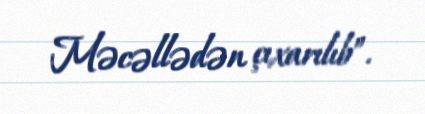
Məcəllədən çıxarılıb”.